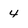
Character: 4